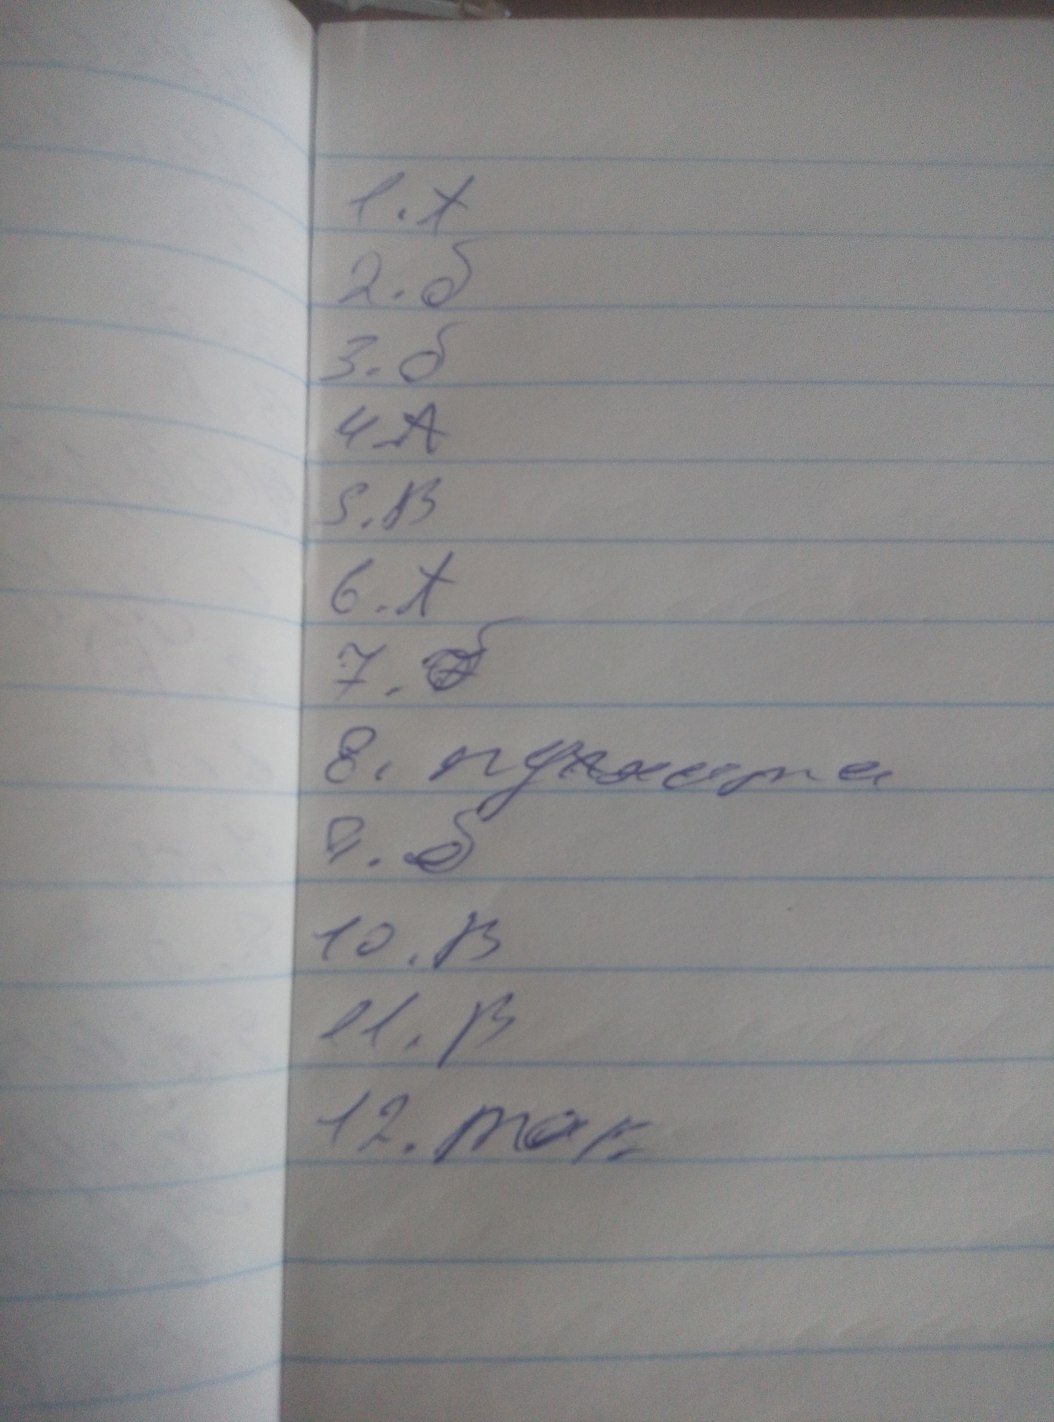
1. А
2. б
3. б
4.A
5.В
6. А
7.б
8. пухнаста
9. б
10.В
11. В
12. так